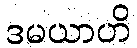
ဒမယာဟိ